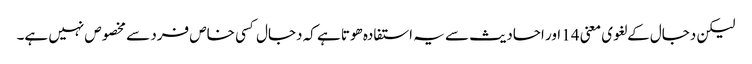
لیکن دجال کے لغوی معنی 14 اور احادیث سے یہ استفادہ ھوتا ہے کہ دجال کسی خاص فرد سے مخصوص نہیں ہے۔